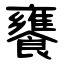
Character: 饔